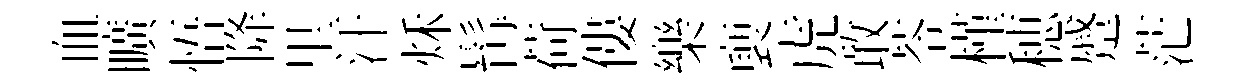
血曠悟降里汗秌髯荷僂樂褏虎敢苓槿穂蹙茫